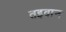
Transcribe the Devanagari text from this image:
तइवान